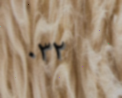
٠٣٢